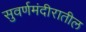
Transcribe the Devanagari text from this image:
सुवर्णमंदीरातील